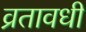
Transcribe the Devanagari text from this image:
व्रतावधी